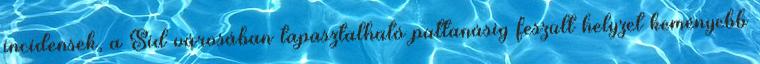
incidensek, a Sid városában tapasztalható pattanásig feszült helyzet keményebb